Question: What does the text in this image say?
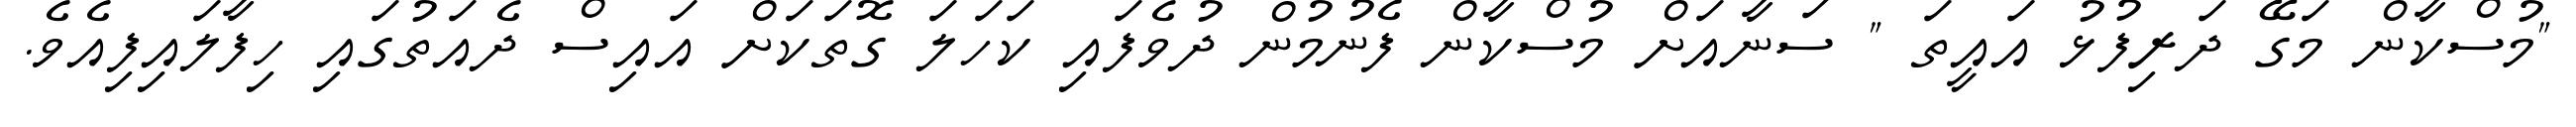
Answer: "މުސްކާން މަގޭ ދަރިފުޅު އައީތަ " ސަނާއަށް މުސްކާން ފެނުމުން ދުވެފައި ކަހަލަ ގޮތަކަށް އައިސް ދެއަތުގައި ހިފާލައިފިއެވެ.